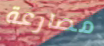
مصارعة